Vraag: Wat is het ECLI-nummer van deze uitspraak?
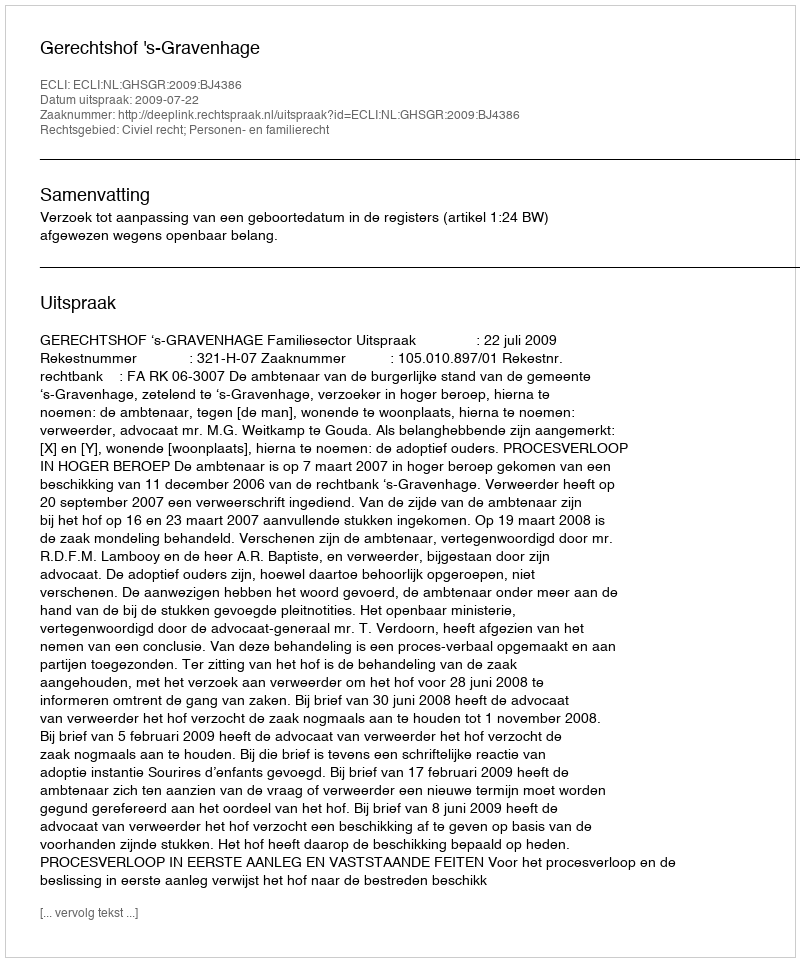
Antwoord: ECLI:NL:GHSGR:2009:BJ4386